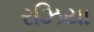
રઝિયા